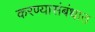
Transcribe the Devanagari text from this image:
करण्यासंबंधात